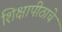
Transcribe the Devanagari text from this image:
शिक्षापीठाचे